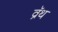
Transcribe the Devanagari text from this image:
व्रॅथ